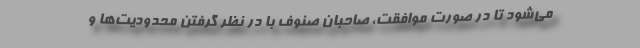
می‌شود تا در صورت موافقت، صاحبان صنوف با در نظر گرفتن محدودیت‌ها و